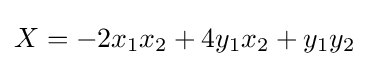
X=-2x_{1}x_{2}+4y_{1}x_{2}+y_{1}y_{2}